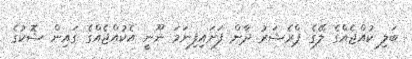
ބަލި ކުއްޖެއްގެ ލޭގެ ޕްރެޝަރު ދާން ފަށައިފިނަމަ ނޫނީ އެކުއްޖެއްގެ ގައިން ޝޮކުގެ